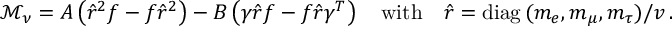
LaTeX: \mathcal { M } _ { \nu } = A \left( \hat { r } ^ { 2 } f - f \hat { r } ^ { 2 } \right) - B \left( \gamma \hat { r } f - f \hat { r } \gamma ^ { T } \right) \quad \mathrm { w i t h } \quad \hat { r } = \mathrm { d i a g } \, ( m _ { e } , m _ { \mu } , m _ { \tau } ) / v \, .